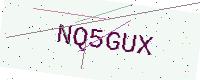
Text: NQ5GUX